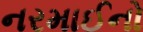
નરમાઈનો